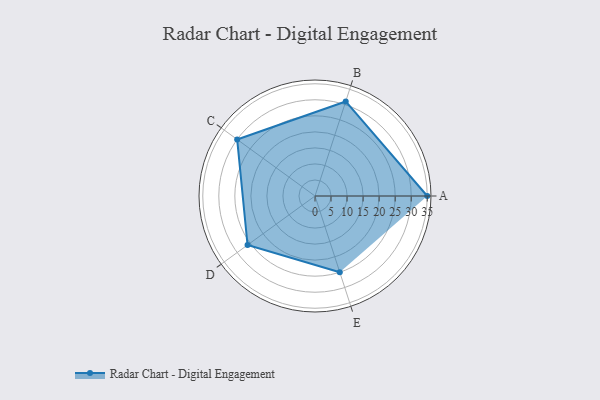
{"axis": {"x": "Skill", "y": "Score"}, "legend": ["Profile"], "data": [{"x": "A", "y": 35.0, "type": "Profile"}, {"x": "B", "y": 31.0, "type": "Profile"}, {"x": "C", "y": 30.0, "type": "Profile"}, {"x": "D", "y": 26.0, "type": "Profile"}, {"x": "E", "y": 25.0, "type": "Profile"}]}